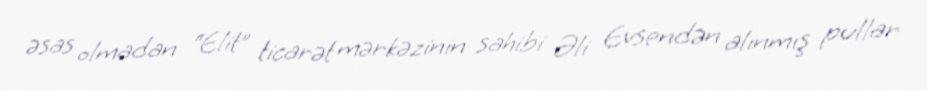
əsas olmadan “Elit” ticarət mərkəzinin sahibi Əli Evsendən alınmış pullar